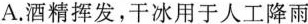
A.酒精挥发，干冰用于人工降雨